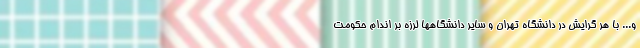
و... با هر گرایش در دانشگاه تهران و سایر دانشگاهها لرزه بر اندام حکومت